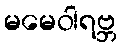
မမေဝါရဗ္ဘ